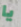
يا